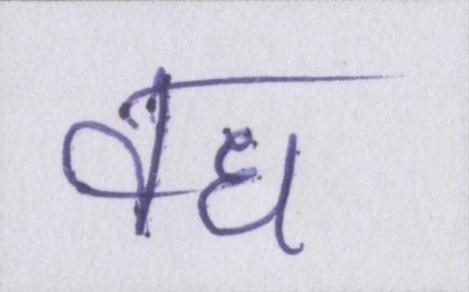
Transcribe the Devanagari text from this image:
वध